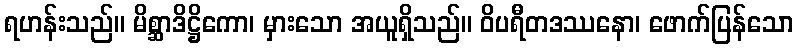
ရဟန်းသည်။ မိစ္ဆာဒိဋ္ဌိကော၊ မှားသော အယူရှိသည်။ ဝိပရီတဒဿနော၊ ဖောက်ပြန်သော